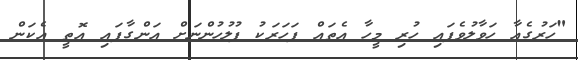
"ހަރުގެއާ ހަވާލުވެފައި ހުރި މީހާ އެތައް ފަހަރަކު ފުލުހުންނަށް އަންގާފައި އޮތީ އެކަން